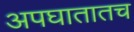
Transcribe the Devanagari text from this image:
अपघातातच